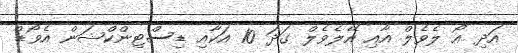
އަދި އޯ ލެވެލް އާއި އޭލެވެލް ގަދަ 10 އަކާއި ޑިސްޓިންކްޝަން އެވޯޑް